Indian journal of veterinary science and animal husbandry - Volume 11,
Year: 1941
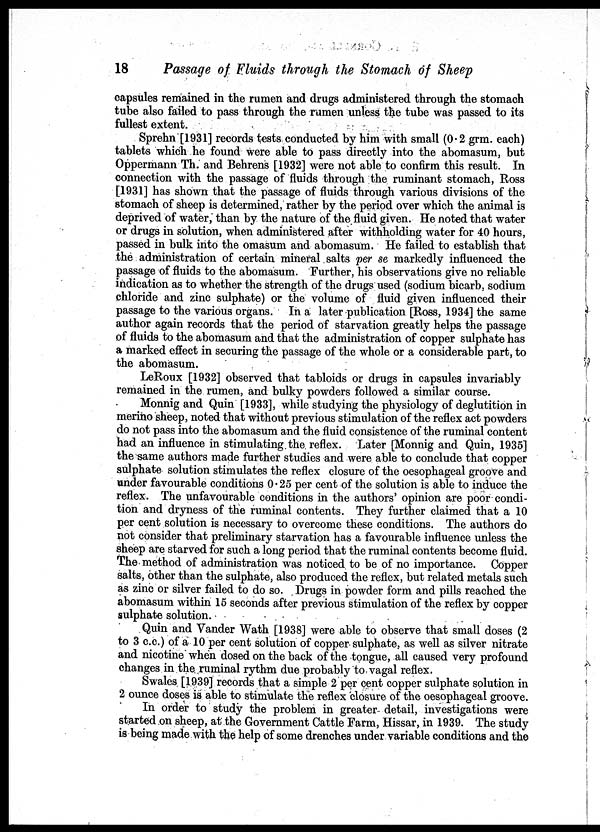
18
Passage of Fluids through the Stomach of Sheep
capsules remained in the rumen and drugs administered through the stomach
tube also failed to pass through the rumen unless the tube was passed to its
fullest extent.
Sprehn [1931] records tests conducted by him with small (0.2 grm. each)
tablets which he found were able to pass directly into the abomasum, but
Oppermann Th. and Behrens [1932] were not able to confirm this result. In
connection with the passage of fluids through the ruminant stomach, Ross
[1931] has shown that the passage of fluids through various divisions of the
stomach of sheep is determined, rather by the period over which the animal is
deprived of water, than by the nature of the fluid given. He noted that water
or drugs in solution, when administered after withholding water for 40 hours,
passed in bulk into the omasum and abomasum. He failed to establish that
the administration of certain mineral salts per se markedly influenced the
passage of fluids to the abomasum. Further, his observations give no reliable
indication as to whether the strength of the drugs used (sodium bicarb, sodium
chloride and zinc sulphate) or the volume of fluid given influenced their
passage to the various organs. In a later publication [Ross, 1934] the same
author again records that the period of starvation greatly helps the passage
of fluids to the abomasum and that the administration of copper sulphate has
a marked effect in securing the passage of the whole or a considerable part, to
the abomasum.
LeRoux [1932] observed that tabloids or drugs in capsules invariably
remained in the rumen, and bulky powders followed a similar course.
Monnig and Quin [1933], while studying the physiology of deglutition in
merino sheep, noted that without previous stimulation of the reflex act powders
do not pass into the abomasum and the fluid consistence of the ruminal content
had an influence in stimulating the reflex. Later [Monnig and Quin, 1935]
the same authors made further studies and were able to conclude that copper
sulphate solution stimulates the reflex closure of the oesophageal groove and
under favourable conditions 0.25 per cent of the solution is able to induce the
reflex. The unfavourable conditions in the authors' opinion are poor condi-
tion and dryness of the ruminal contents. They further claimed that a 10
per cent solution is necessary to overcome these conditions. The authors do
not consider that preliminary starvation has a favourable influence unless the
sheep are starved for such a long period that the ruminal contents become fluid.
The method of administration was noticed to be of no importance. Copper
salts, other than the sulphate, also produced the reflex, but related metals such
as zinc or silver failed to do so. Drugs in powder form and pills reached the
abomasum within 15 seconds after previous stimulation of the reflex by copper
sulphate solution.
Quin and Vander Wath [1938] were able to observe that small doses (2
to 3 c.c.) of a 10 per cent solution of copper sulphate, as well as silver nitrate
and nicotine when dosed on the back of the tongue, all caused very profound
changes in the ruminal rythm due probably to vagal reflex.
Swales [1939] records that a simple 2 per cent copper sulphate solution in
2 ounce doses is able to stimulate the reflex closure of the oesophageal groove.
In order to study the problem in greater detail, investigations were
started on sheep, at the Government Cattle Farm, Hissar, in 1939. The study
is being made with the help of some drenches under variable conditions and the